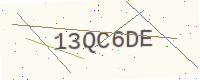
Text: 13QC6DE